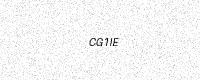
Text: CG1IE